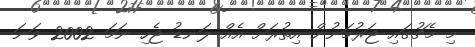
މި މެޗުގައި ޖަރުމަނުން އިތުރަށް އެއް ލަނޑު ޖެހި ނަމަ 2002 ވަނަ